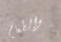
والطعام